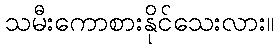
သမီးကောစားနိုင်သေးလား။